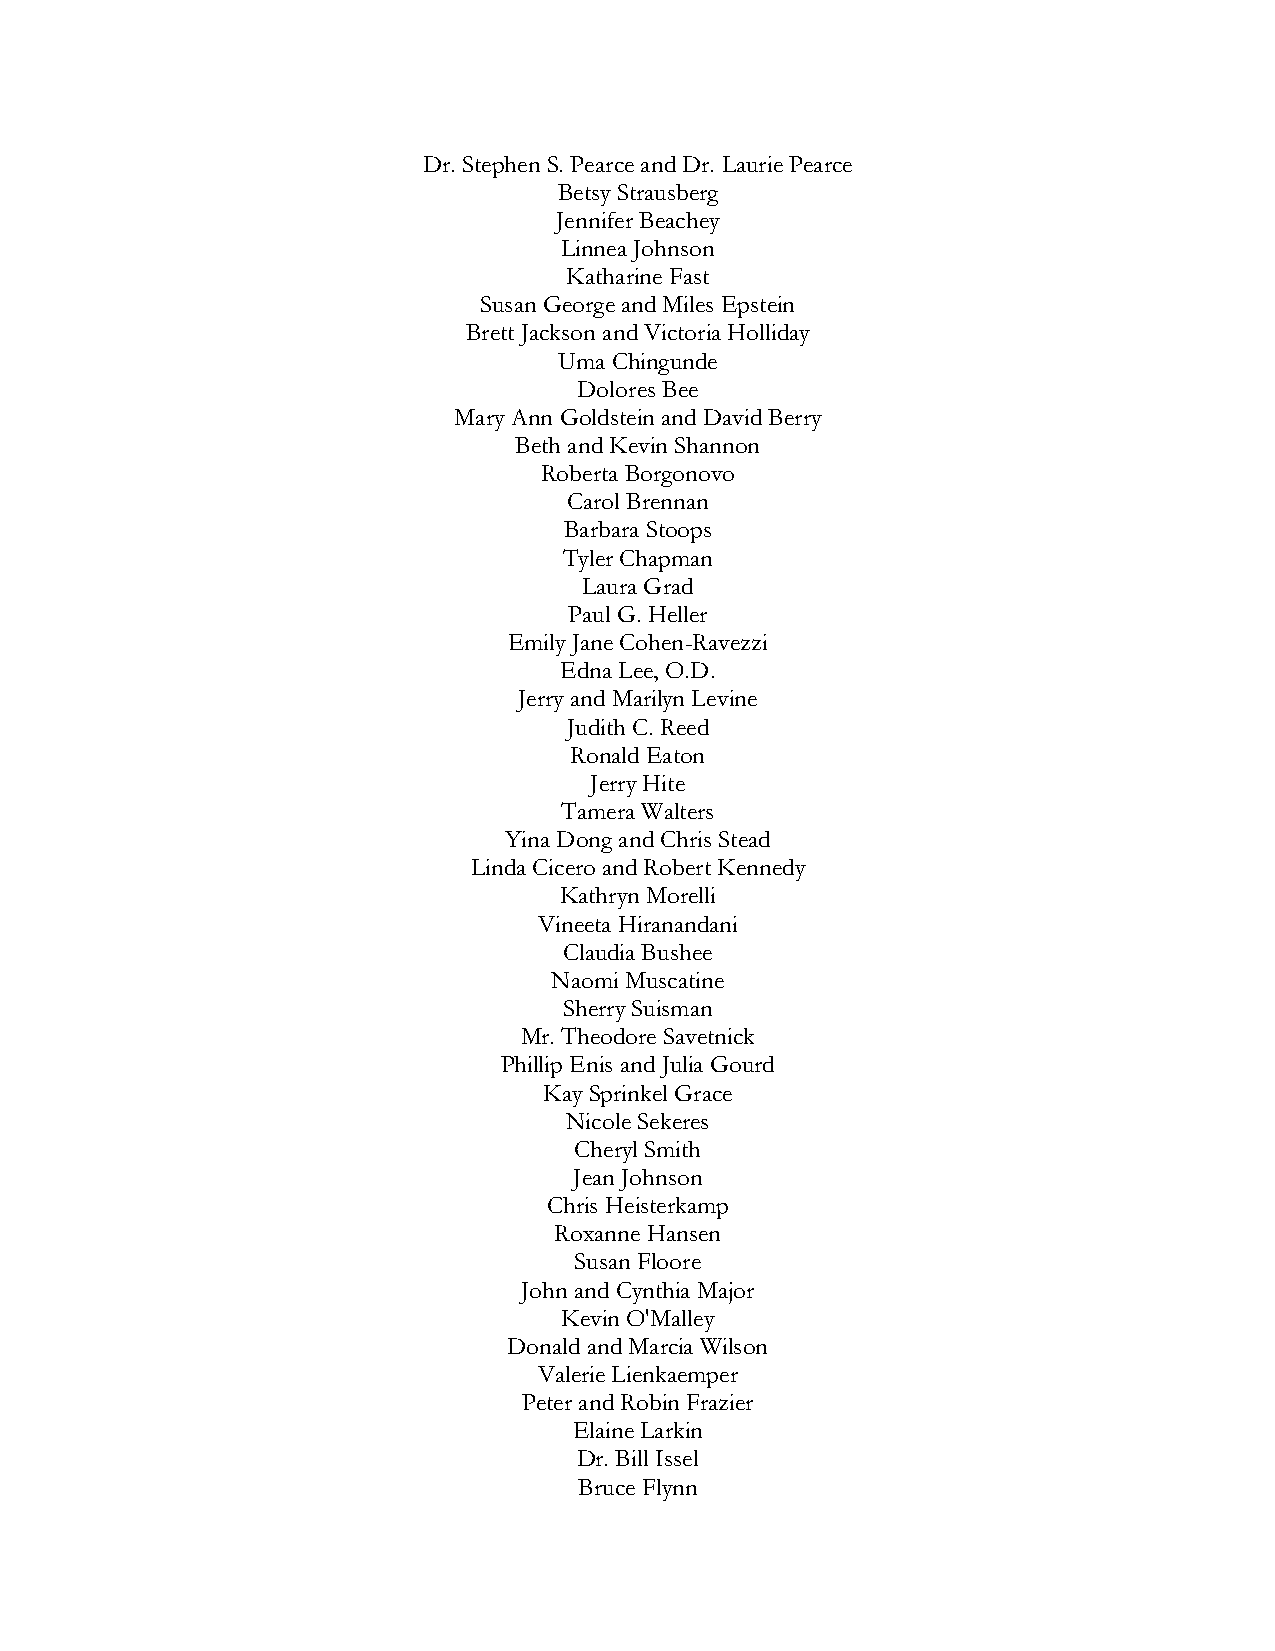
Dr. Stephen S. Pearce and Dr. Laurie Pearce
 Betsy Strausberg
 Jennifer Beachey
 Linnea Johnson
 Katharine Fast
 Susan George and Miles Epstein
 Brett Jackson and Victoria Holliday
 Uma Chingunde
 Dolores Bee
 Mary Ann Goldstein and David Berry
 Beth and Kevin Shannon
 Roberta Borgonovo
 Carol Brennan
 Barbara Stoops
 Tyler Chapman
 Laura Grad
 Paul G. Heller
 Emily Jane Cohen-Ravezzi
 Edna Lee, O.D.
 Jerry and Marilyn Levine
 Judith C. Reed
 Ronald Eaton
 Jerry Hite
 Tamera Walters
 Yina Dong and Chris Stead
 Linda Cicero and Robert Kennedy
 Kathryn Morelli
 Vineeta Hiranandani
 Claudia Bushee
 Naomi Muscatine
 Sherry Suisman
 Mr. Theodore Savetnick
 Phillip Enis and Julia Gourd
 Kay Sprinkel Grace
 Nicole Sekeres
 Cheryl Smith
 Jean Johnson
 Chris Heisterkamp
 Roxanne Hansen
 Susan Floore
 John and Cynthia Major
 Kevin O'Malley
 Donald and Marcia Wilson
 Valerie Lienkaemper
 Peter and Robin Frazier
 Elaine Larkin
 Dr. Bill Issel
 Bruce Flynn